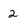
Character: 2